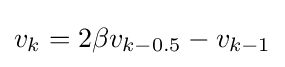
v_{k}=2\beta v_{k-0.5}-v_{k-1}\,\!